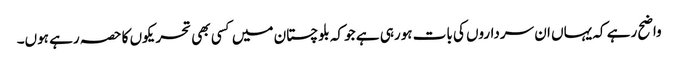
واضح رہے کہ یہاں ان سرداروں کی بات ہورہی ہے جو کہ بلوچستان میں کسی بھی تحریکوں کا حصہ رہے ہوں۔